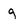
Character: g